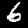
Digit: 6